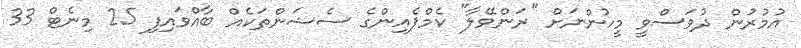
އުމުރުން ދުވަސްވީ މީހުންނަށް "ރަންވޭލާ" ކެމްޕެއިންގެ ސެޝަންތަކެއް ބާއްވައިފި 25 މިނެޓް 33